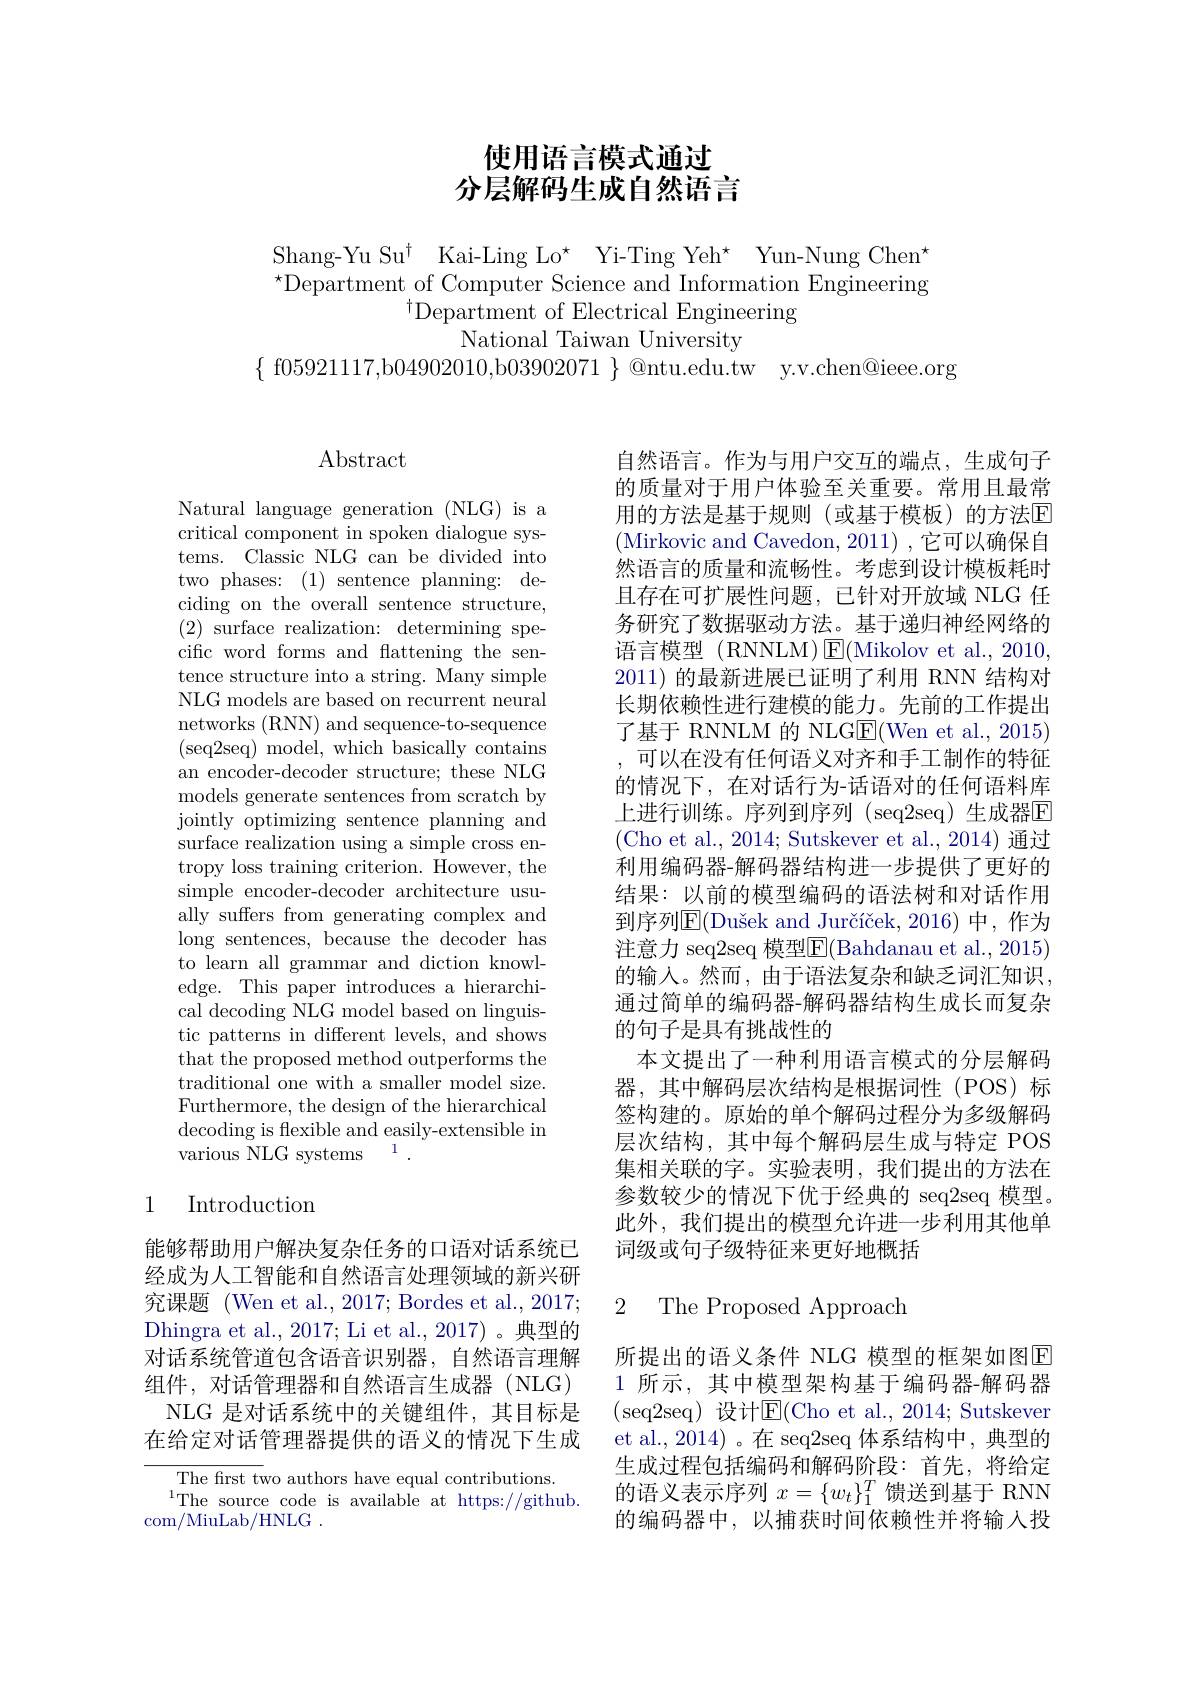
# 使用语言模式通过分层解码生成自然语言

Shang-Yu Su$^\dagger$ Kai-Ling Lo$^\star$ Yi-Ting Yeh$^\star$ Yun-Nung Chen$^\star$ $\bar{\text{Department of Computer Science and Information Engineering}}$
$^{\dagger}\bar{\text{Department of Electrical Engineering}}$
National Taiwan University
$\{$ f05921117,b04902010,b03902071 $\}$ @ntu.edu.tw y.v.chen@ieee.org

# Abstract

Natural language generation (NLG) is a critical component in spoken dialogue systems. Classic NLG can be divided into two phases: (1) sentence planning: deciding on the overall sentence structure, (2) surface realization: determining specific word forms and flattening the sentence structure into a string. Many simple NLG models are based on recurrent neural networks (RNN) and sequence-to-sequence ( seq2seq) model, which basically contains an encoder-decoder structure; these NLG models generate sentences from scratch by jointly optimizing sentence planning and surface realization using a simple cross entropy loss training criterion. However, the simple encoder-decoder architecture usually suffers from generating complex and long sentences, because the decoder has to learn all grammar and diction knowledge. This paper introduces a hierarchical decoding NLG model based on linguistic patterns in different levels, and shows that the proposed method outperforms the traditional one with a smaller model size. Furthermore, the design of the hierarchical decoding is flexible and easily-extensible in various NLG systems$\:^{1}.$

### 1 Introduction

能够帮助用户解决复杂任务的口语对话系统已经成为人工智能和自然语言处理领域的新兴研究课题 (Wen et al., 2017; Bordes et al., 2017; Dhingra et al., 2017; Li et al., 2017) 。典型的对话系统管道包含语音识别器，自然语言理解组件，对话管理器和自然语言生成器(NLG)
NLG 是对话系统中的关键组件，其目标是在给定对话管理器提供的语义的情况下生成

The frst two authors have equal contributions.
$^{1}$The source code is available at https://github.
com/MiuLab/HNLG .

自然语言。作为与用户交互的端点，生成句子的质量对于用户体验至关重要。常用且最常用的方法是基于规则(或基于模板)的方法$\mathbb{E}$ (Mirkovic and Cavedon, 2011) ,它可以确保自然语言的质量和流畅性。考虑到设计模板耗时且存在可扩展性问题，已针对开放域 NLG 任务研究了数据驱动方法。基于递归神经网络的语言模型(RNNLM)E(Mikolov et al., 2010, 2011) 的最新进展已证明了利用 RNN 结构对长期依赖性进行建模的能力。先前的工作提出了基于 RNNLM 的 NLGE(Wen et al., 2015) ,可以在没有任何语义对齐和手工制作的特征的情况下，在对话行为-话语对的任何语料库上进行训练。序列到序列 (seq2seq)生成器$\overline{\mathrm{E}}$ (Cho et al., 2014; Sutskever et al., 2014) 通过利用编码器-解码器结构进一步提供了更好的结果：以前的模型编码的语法树和对话作用到序列E$( \text{Du\v sekandJur\v {c}\' {ı }\v {c}ek, 2016) }$ 中，作为注意力 seq2seq 模型$\overline{\mathrm{E}}($Bahdanau et al., 2015) 的输入。然而，由于语法复杂和缺乏词汇知识， 通过简单的编码器-解码器结构生成长而复杂的句子是具有挑战性的
本文提出了一种利用语言模式的分层解码器，其中解码层次结构是根据词性(POS)标签构建的。原始的单个解码过程分为多级解码层次结构，其中每个解码层生成与特定 POS 集相关联的字。实验表明，我们提出的方法在参数较少的情况下优于经典的 seq2seq 模型。此外，我们提出的模型允许进一步利用其他单词级或句子级特征来更好地概括

2 The Proposed Approach

所提出的语义条件 NLG 模型的框架如图E 1 所示，其中模型架构基于编码器-解码器(seq2seq)设计$\mathsf E($Cho et al.,2014; Sutskever et al., 2014)。在 seq2seq 体系结构中，典型的生成过程包括编码和解码阶段：首先，将给定的语义表示序列$x=\{w_t\}_1^T$馈送到基于 RNN 的编码器中，以捕获时间依赖性并将输入投